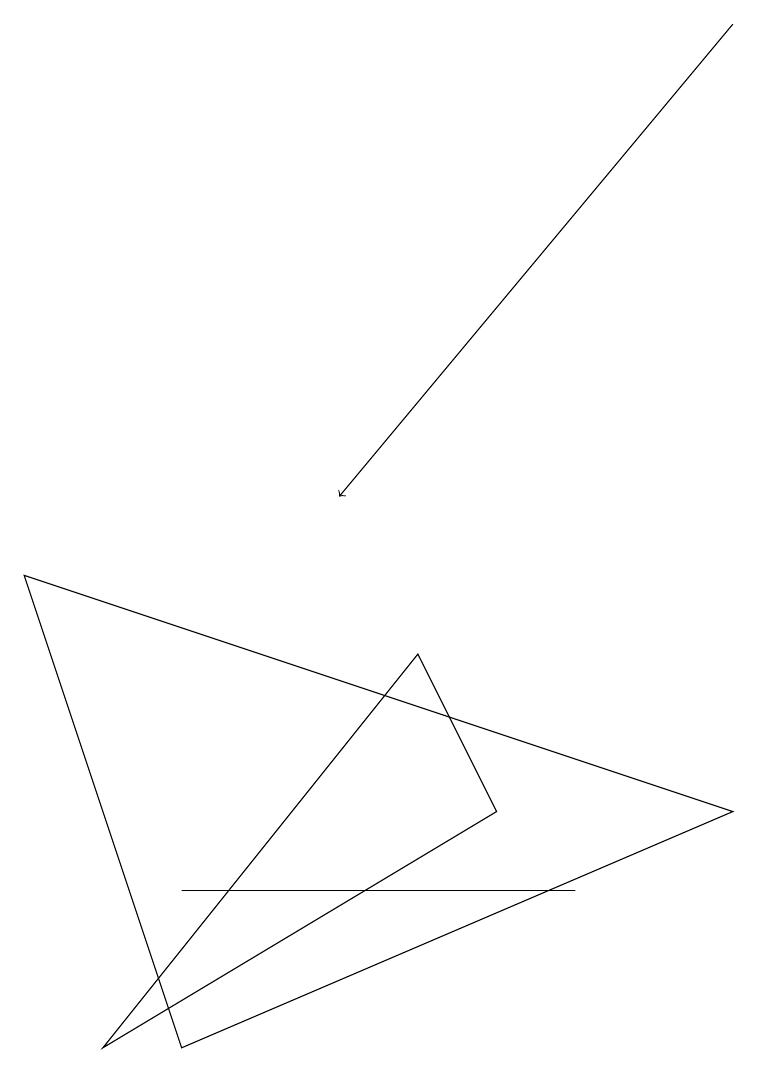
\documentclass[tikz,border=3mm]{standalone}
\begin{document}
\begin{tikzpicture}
\draw (7,5) -- (7,5) -- (2,5) -- cycle;
\draw (0,9) -- (2,3) -- (9,6) -- cycle;
\draw[->] (9,16) -- (4,10);
\draw (1,3) -- (5,8) -- (6,6) -- cycle;
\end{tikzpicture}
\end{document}